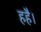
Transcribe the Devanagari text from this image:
हहै।